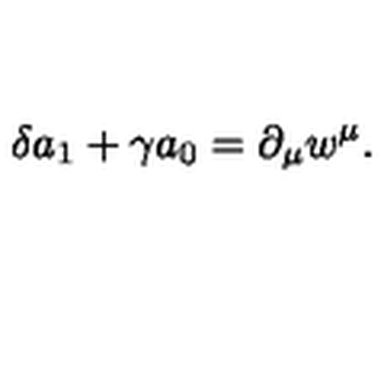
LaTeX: \delta a _ { 1 } + \gamma a _ { 0 } = \partial _ { \mu } w ^ { \mu } .